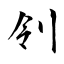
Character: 刢